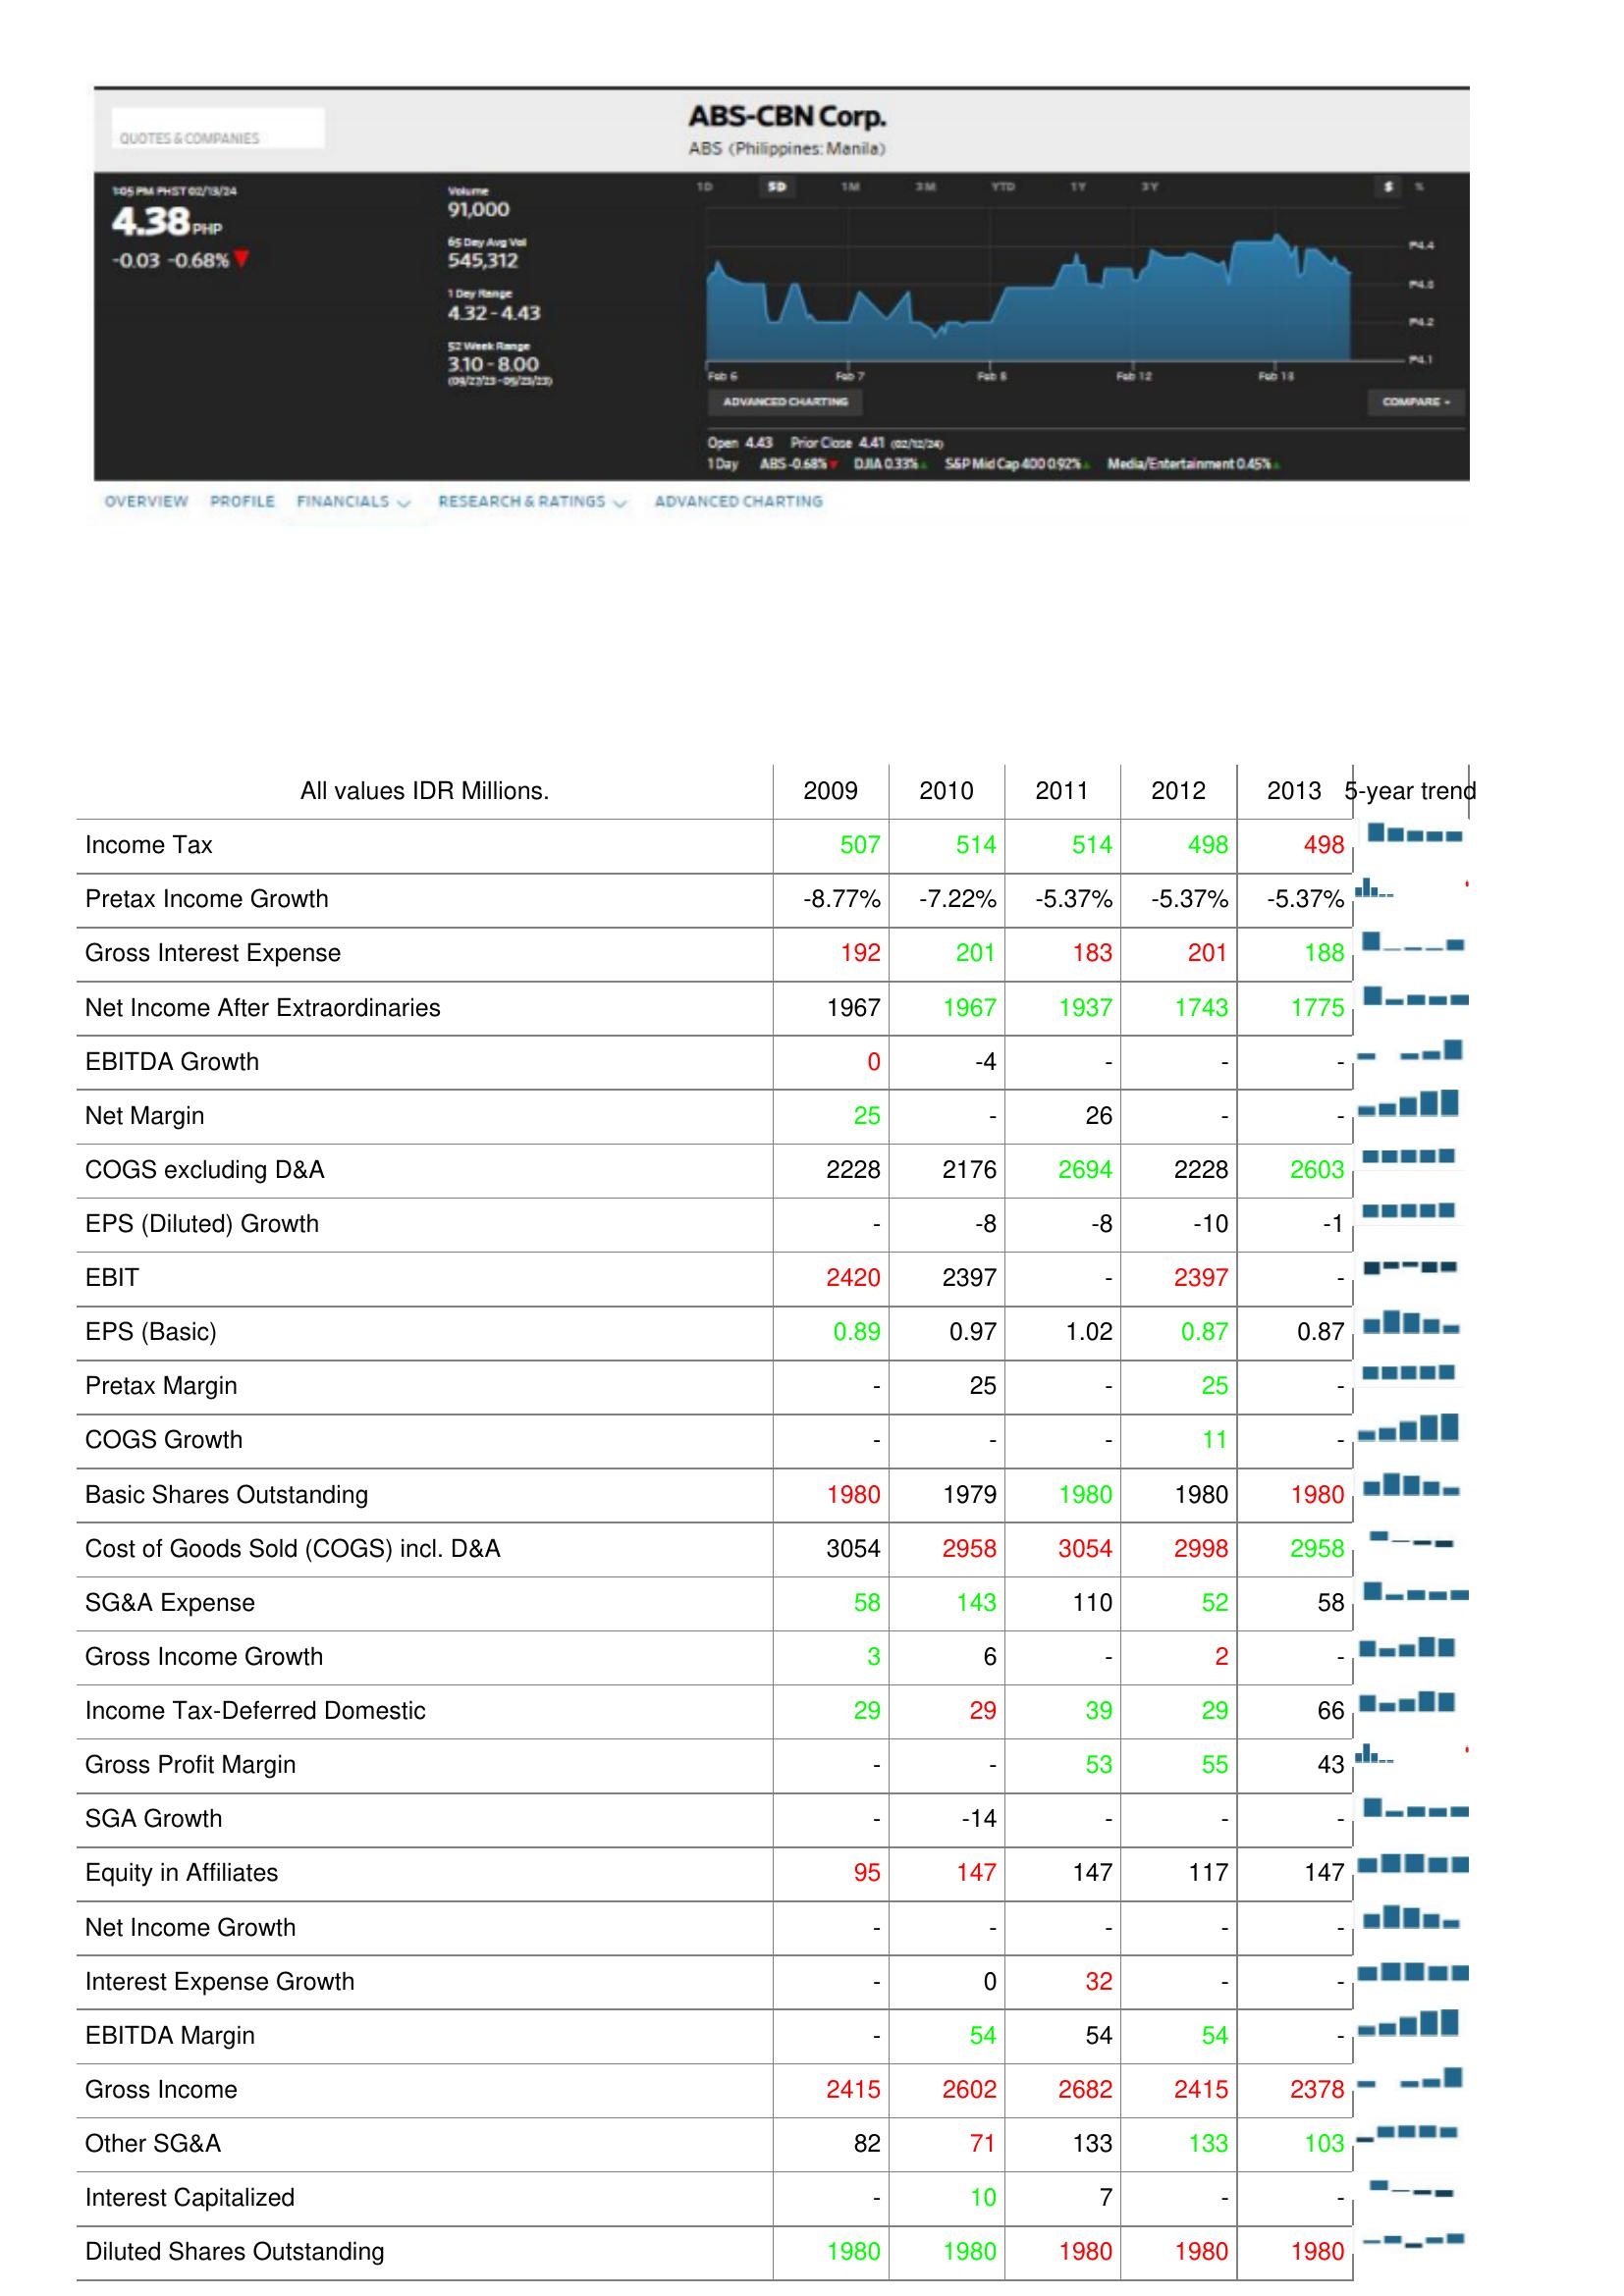
2009: : Income Tax: 507
Pretax Income Growth: -8.77%
Gross Interest Expense: 192
Net Income After Extraordinaries: 1967
EBITDA Growth: 0
Net Margin: 25
COGS excluding D&A: 2228
EPS (Diluted) Growth: -
EBIT: 2420
EPS (Basic): 0.89
Pretax Margin: -
COGS Growth: -
Basic Shares Outstanding: 1980
Cost of Goods Sold (COGS) incl. D&A: 3054
SG&A Expense: 58
Gross Income Growth: 3
Income Tax-Deferred Domestic: 29
Gross Profit Margin: -
SGA Growth: -
Equity in Affiliates: 95
Net Income Growth: -
Interest Expense Growth: -
EBITDA Margin: -
Gross Income: 2415
Other SG&A: 82
Interest Capitalized: -
Diluted Shares Outstanding: 1980
2010: : Income Tax: 514
Pretax Income Growth: -7.22%
Gross Interest Expense: 201
Net Income After Extraordinaries: 1967
EBITDA Growth: -4
Net Margin: -
COGS excluding D&A: 2176
EPS (Diluted) Growth: -8
EBIT: 2397
EPS (Basic): 0.97
Pretax Margin: 25
COGS Growth: -
Basic Shares Outstanding: 1979
Cost of Goods Sold (COGS) incl. D&A: 2958
SG&A Expense: 143
Gross Income Growth: 6
Income Tax-Deferred Domestic: 29
Gross Profit Margin: -
SGA Growth: -14
Equity in Affiliates: 147
Net Income Growth: -
Interest Expense Growth: 0
EBITDA Margin: 54
Gross Income: 2602
Other SG&A: 71
Interest Capitalized: 10
Diluted Shares Outstanding: 1980
2011: : Income Tax: 514
Pretax Income Growth: -5.37%
Gross Interest Expense: 183
Net Income After Extraordinaries: 1937
EBITDA Growth: -
Net Margin: 26
COGS excluding D&A: 2694
EPS (Diluted) Growth: -8
EBIT: -
EPS (Basic): 1.02
Pretax Margin: -
COGS Growth: -
Basic Shares Outstanding: 1980
Cost of Goods Sold (COGS) incl. D&A: 3054
SG&A Expense: 110
Gross Income Growth: -
Income Tax-Deferred Domestic: 39
Gross Profit Margin: 53
SGA Growth: -
Equity in Affiliates: 147
Net Income Growth: -
Interest Expense Growth: 32
EBITDA Margin: 54
Gross Income: 2682
Other SG&A: 133
Interest Capitalized: 7
Diluted Shares Outstanding: 1980
2012: : Income Tax: 498
Pretax Income Growth: -5.37%
Gross Interest Expense: 201
Net Income After Extraordinaries: 1743
EBITDA Growth: -
Net Margin: -
COGS excluding D&A: 2228
EPS (Diluted) Growth: -10
EBIT: 2397
EPS (Basic): 0.87
Pretax Margin: 25
COGS Growth: 11
Basic Shares Outstanding: 1980
Cost of Goods Sold (COGS) incl. D&A: 2998
SG&A Expense: 52
Gross Income Growth: 2
Income Tax-Deferred Domestic: 29
Gross Profit Margin: 55
SGA Growth: -
Equity in Affiliates: 117
Net Income Growth: -
Interest Expense Growth: -
EBITDA Margin: 54
Gross Income: 2415
Other SG&A: 133
Interest Capitalized: -
Diluted Shares Outstanding: 1980
2013: : Income Tax: 498
Pretax Income Growth: -5.37%
Gross Interest Expense: 188
Net Income After Extraordinaries: 1775
EBITDA Growth: -
Net Margin: -
COGS excluding D&A: 2603
EPS (Diluted) Growth: -1
EBIT: -
EPS (Basic): 0.87
Pretax Margin: -
COGS Growth: -
Basic Shares Outstanding: 1980
Cost of Goods Sold (COGS) incl. D&A: 2958
SG&A Expense: 58
Gross Income Growth: -
Income Tax-Deferred Domestic: 66
Gross Profit Margin: 43
SGA Growth: -
Equity in Affiliates: 147
Net Income Growth: -
Interest Expense Growth: -
EBITDA Margin: -
Gross Income: 2378
Other SG&A: 103
Interest Capitalized: -
Diluted Shares Outstanding: 1980